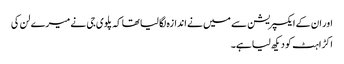
اور ان کے ایکسپریشن سے میں نے اندازہ لگا لیا تھا کہ پلوی جی نے میرے لن کی
اکڑاہٹ کو دیکھ لیا ہے۔